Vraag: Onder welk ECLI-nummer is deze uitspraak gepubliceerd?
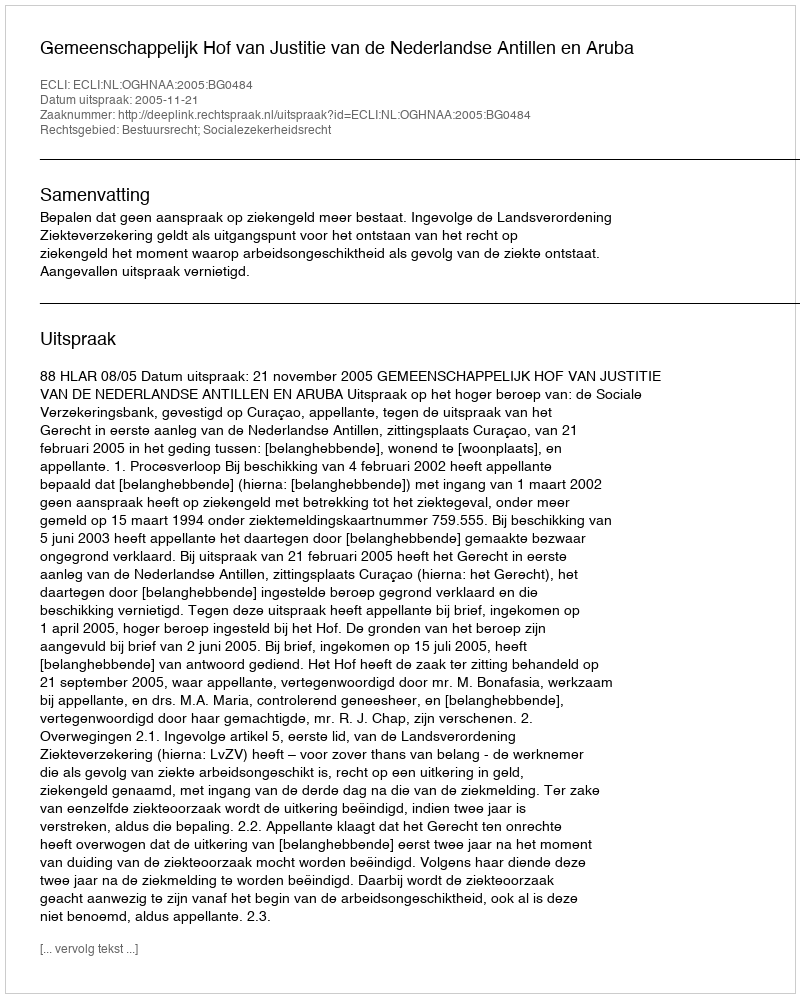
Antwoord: ECLI:NL:OGHNAA:2005:BG0484